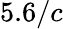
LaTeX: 5.6/c